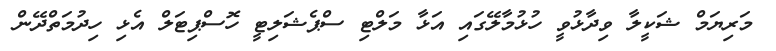
މަރިޔަމް ޝަކީލާ ވިދާޅުވީ ހުޅުމާލޭގައި އަޅާ މަލްޓި ސްޕެޝަލިޓީ ހޮސްޕިޓަލް އެޅި ހިދުމަތްދޭން